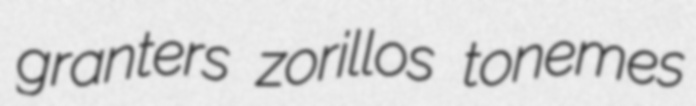
granters zorillos tonemes